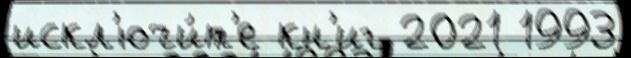
искл'ючи́т'е кн'иг 2021 1993